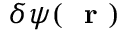
\delta \psi ( \mathrm { ~ \bf ~ r ~ } )